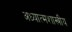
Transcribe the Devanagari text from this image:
अध्यात्मशास्त्रीय